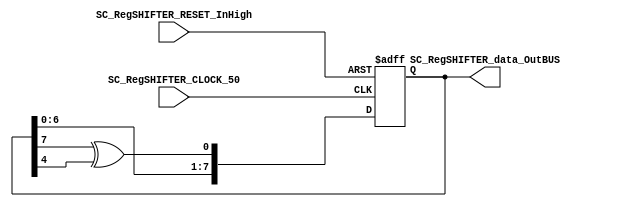
/*######################################################################
//#	G0B1T: HDL EXAMPLES. 2018.
//######################################################################
//# Copyright (C) 2018. F.E.Segura-Quijano (FES) fsegura@uniandes.edu.co
//# 
//# This program is free software: you can redistribute it and/or modify
//# it under the terms of the GNU General Public License as published by
//# the Free Software Foundation, version 3 of the License.
//#
//# This program is distributed in the hope that it will be useful,
//# but WITHOUT ANY WARRANTY; without even the implied warranty of
//# MERCHANTABILITY or FITNESS FOR A PARTICULAR PURPOSE.  See the
//# GNU General Public License for more details.
//#
//# You should have received a copy of the GNU General Public License
//# along with this program.  If not, see <http://www.gnu.org/licenses/>
//####################################################################*/
//=======================================================
//  MODULE Definition
//=======================================================
module SC_RegSHIFTER #(parameter RegSHIFTER_DATAWIDTH=8)(
	//////////// OUTPUTS //////////
	SC_RegSHIFTER_data_OutBUS,
	//////////// INPUTS //////////
	SC_RegSHIFTER_CLOCK_50,
	SC_RegSHIFTER_RESET_InHigh
);
//=======================================================
//  PARAMETER declarations
//=======================================================

//=======================================================
//  PORT declarations
//=======================================================
output		[RegSHIFTER_DATAWIDTH-1:0]	SC_RegSHIFTER_data_OutBUS;
input		SC_RegSHIFTER_CLOCK_50;
input		SC_RegSHIFTER_RESET_InHigh;
//input		[RegSHIFTER_DATAWIDTH-1:0]	SC_RegSHIFTER_data_InBUS;
//=======================================================
//  REG/WIRE declarations
//=======================================================
reg [RegSHIFTER_DATAWIDTH-1:0] RegSHIFTER_Register;
reg [RegSHIFTER_DATAWIDTH-1:0] RegSHIFTER_Signal;
reg RegSHIFTER_XorResult;
//=======================================================
//  Structural coding
//=======================================================


//INPUT LOGIC: COMBINATIONAL
always @(*)
begin
	//xor
	RegSHIFTER_XorResult = RegSHIFTER_Register[7] ^ RegSHIFTER_Register[4];
	
	RegSHIFTER_Signal = {RegSHIFTER_Register[RegSHIFTER_DATAWIDTH-2:0], RegSHIFTER_XorResult};
	
end	
//STATE REGISTER: SEQUENTIAL
always @(posedge SC_RegSHIFTER_CLOCK_50, posedge SC_RegSHIFTER_RESET_InHigh)
begin
	if (SC_RegSHIFTER_RESET_InHigh == 1'b1)
		RegSHIFTER_Register <= 8'b00000001;
	else
		RegSHIFTER_Register <= RegSHIFTER_Signal;
end
//=======================================================
//  Outputs
//=======================================================
//OUTPUT LOGIC: COMBINATIONAL
assign SC_RegSHIFTER_data_OutBUS = RegSHIFTER_Register;

endmodule